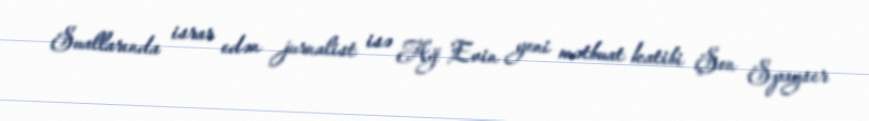
Suallarında israr edən jurnalist isə Ağ Evin yeni mətbuat katibi Şon Spayser